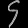
Digit: ၄